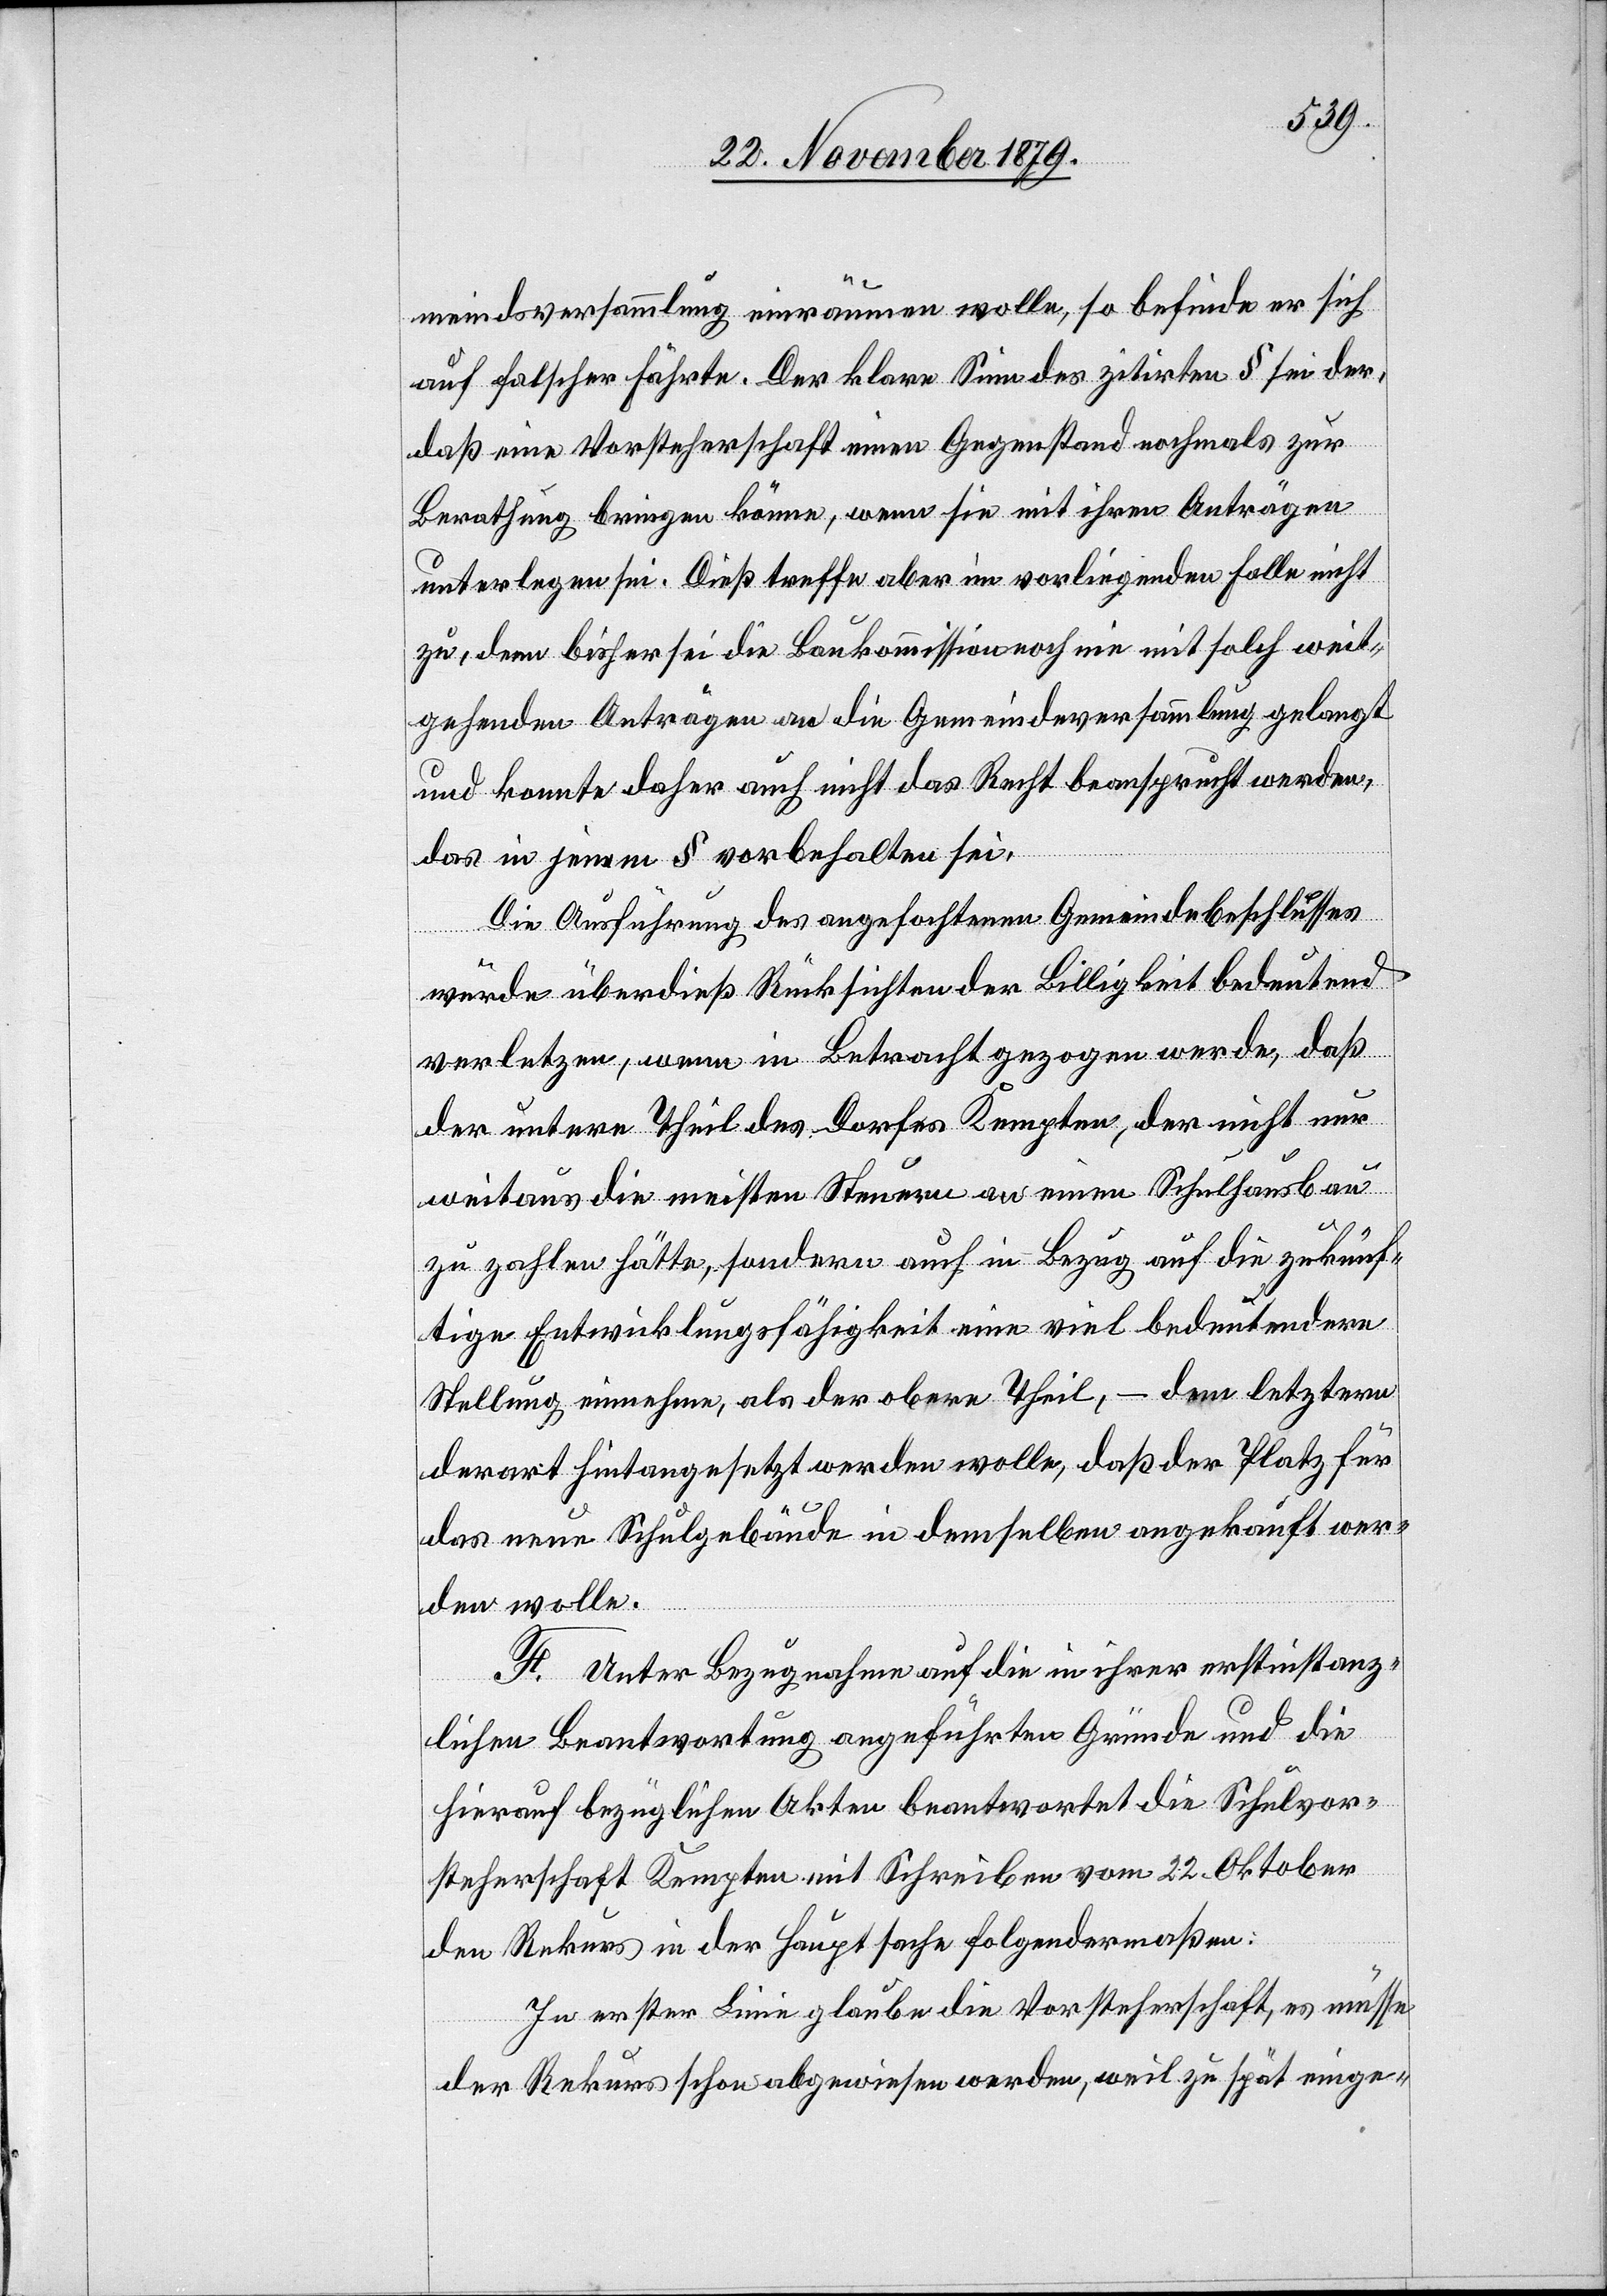
meindsversammlung einräumen wolle, so befinde er sich
auf falscher Fährte. Der klare Sinn des zitirten § sei der,
daß eine Vorsteherschaft einen Gegenstand nochmals zur
Berathung bringen könne, wenn sie mit ihren Anträgen
unterlegen sei. Dieß treffe aber im vorliegenden Falle nicht
zu, denn bisher sei die Baukommission noch nie mit solch weit¬
gehenden Anträgen an die Gemeindeversammlung gelangt
und konnte daher auch nicht das Recht beansprucht werden,
das in jenem § vorbehalten sei.
Die Ausführung des angefochtenen Gemeindebeschlusses
würde überdieß Rücksichten der Billigkeit bedeutend
verletzen, wenn in Betracht gezogen werde, daß
der untere Theil des Dorfes Kempten, der nicht nur
weitaus die meisten Steuern an einem Schulhausbau
zu zahlen hätte, sondern auch in Bezug auf die zukünf¬
tige Entwicklungsfähigkeit eine viel bedeutendere
Stellung einnehme, als der obere Theil, – dem letztern
derart hintangesetzt werden wolle, daß der Platz für
das neue Schulgebäude in demselben angekauft wer¬
den wolle.
F. Unter Bezugnahme auf die in ihrer erstinstanz¬
lichen Beantwortung angeführten Gründe und die
hierauf bezüglichen Akten beantwortet die Schulvor¬
steherschaft Kempten mit Schreiben vom 22. Oktober
den Rekurs in der Hauptsache folgendermaßen:
In erster Linie glaube die Vorsteherschaft, es müsse
der Rekurs schon abgewiesen werden, weil zu spät einge-